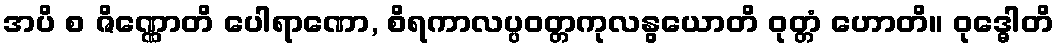
အပိ စ ဇိဏ္ဏောတိ ပေါရာဏော, စိရကာလပ္ပဝတ္တကုလနွယောတိ ဝုတ္တံ ဟောတိ။ ဝုဒ္ဓေါတိ